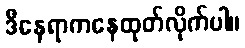
ဒီနေရာကနေထုတ်လိုက်ပါ။